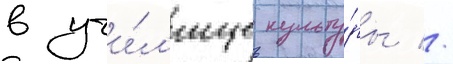
в учи́л'ище культу́ры //